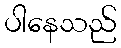
ပါနေသည်